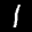
Label: 1